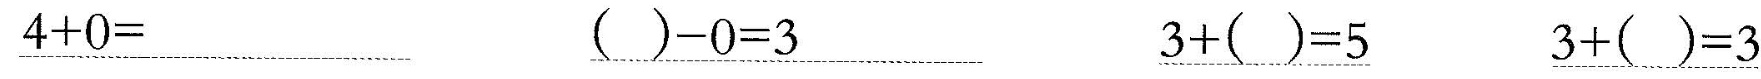
\underline{$$4 + 0 =$$} \underline{$$( ) - 0 = 3$$} \underline{$$3 + ( ) = 5$$} \underline{$$3 + ( ) = 3$$}